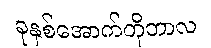
ခုနှစ်အောက်တိုဘာလ